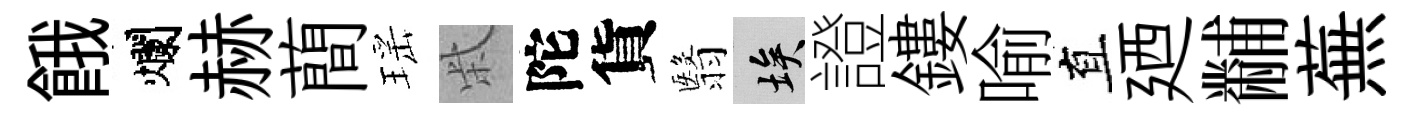
餓爛赫蕳瑶柴陀貨翳埃證鏤喻直廼黼蕪